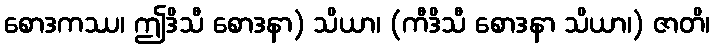
စောဒကဿ၊ ဤဒိသီ စောဒနာ) သိယာ၊ (ကီဒိသီ စောဒနာ သိယာ၊) ဇာတိ၊